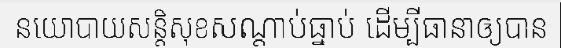
នយោបាយសន្តិសុខសណ្តាប់ធ្នាប់ ដើម្បីធានាឲ្យបាន